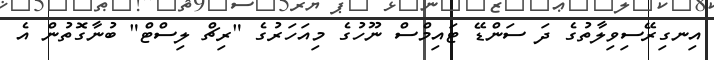
އިނގިރޭސިވިލާތުގެ ދަ ސަންޑޭ ޓައިމްސް ނޫހުގެ މިއަހަރުގެ "ރިޗް ލިސްޓް" ބުނާގޮތުން އެ